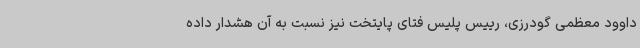
داوود معظمی گودرزی، رییس پلیس فتای پایتخت نیز نسبت به آن هشدار داده